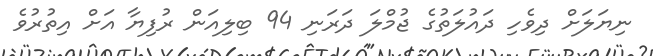
ނިޔަލަށް ދިވެހި ދައުލަތުގެ ޖުމްލަ ދަރަނި 94 ބިލިއަން ރުފިޔާ އަށް އިތުރުވެ